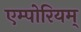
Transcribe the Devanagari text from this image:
एम्पोरियम्